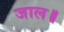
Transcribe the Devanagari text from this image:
जाल॥